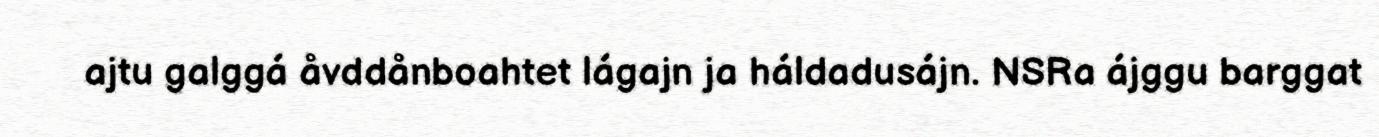
ajtu galggá åvddånboahtet lágajn ja háldadusájn. NSRa ájggu barggat